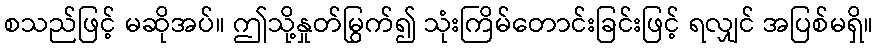
စသည်ဖြင့် မဆိုအပ်။ ဤသို့နှုတ်မြွက်၍ သုံးကြိမ်တောင်းခြင်းဖြင့် ရလျှင် အပြစ်မရှိ။